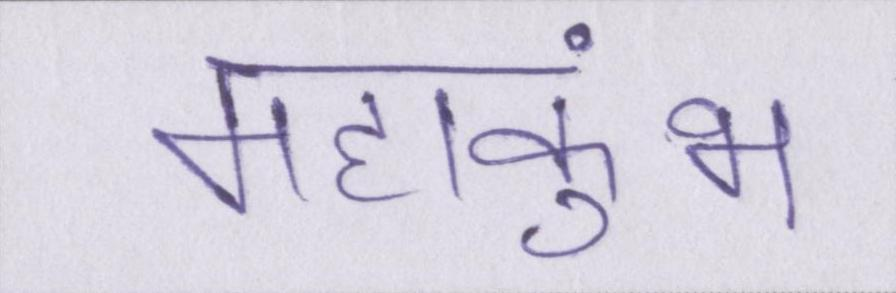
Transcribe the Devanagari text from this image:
महाकुंभ